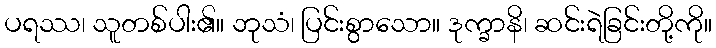
ပရဿ၊ သူတစ်ပါး၏။ ဘုသံ၊ ပြင်းစွာသော။ ဒုက္ခာနိ၊ ဆင်းရဲခြင်းတို့ကို။